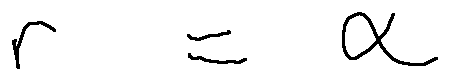
r = \alpha